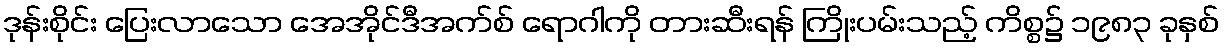
ဒုန်းစိုင်း ပြေးလာသော အေအိုင်ဒီအက်စ် ရောဂါကို တားဆီးရန် ကြိုးပမ်းသည့် ကိစ္စ၌ ၁၉၈၃ ခုနှစ်